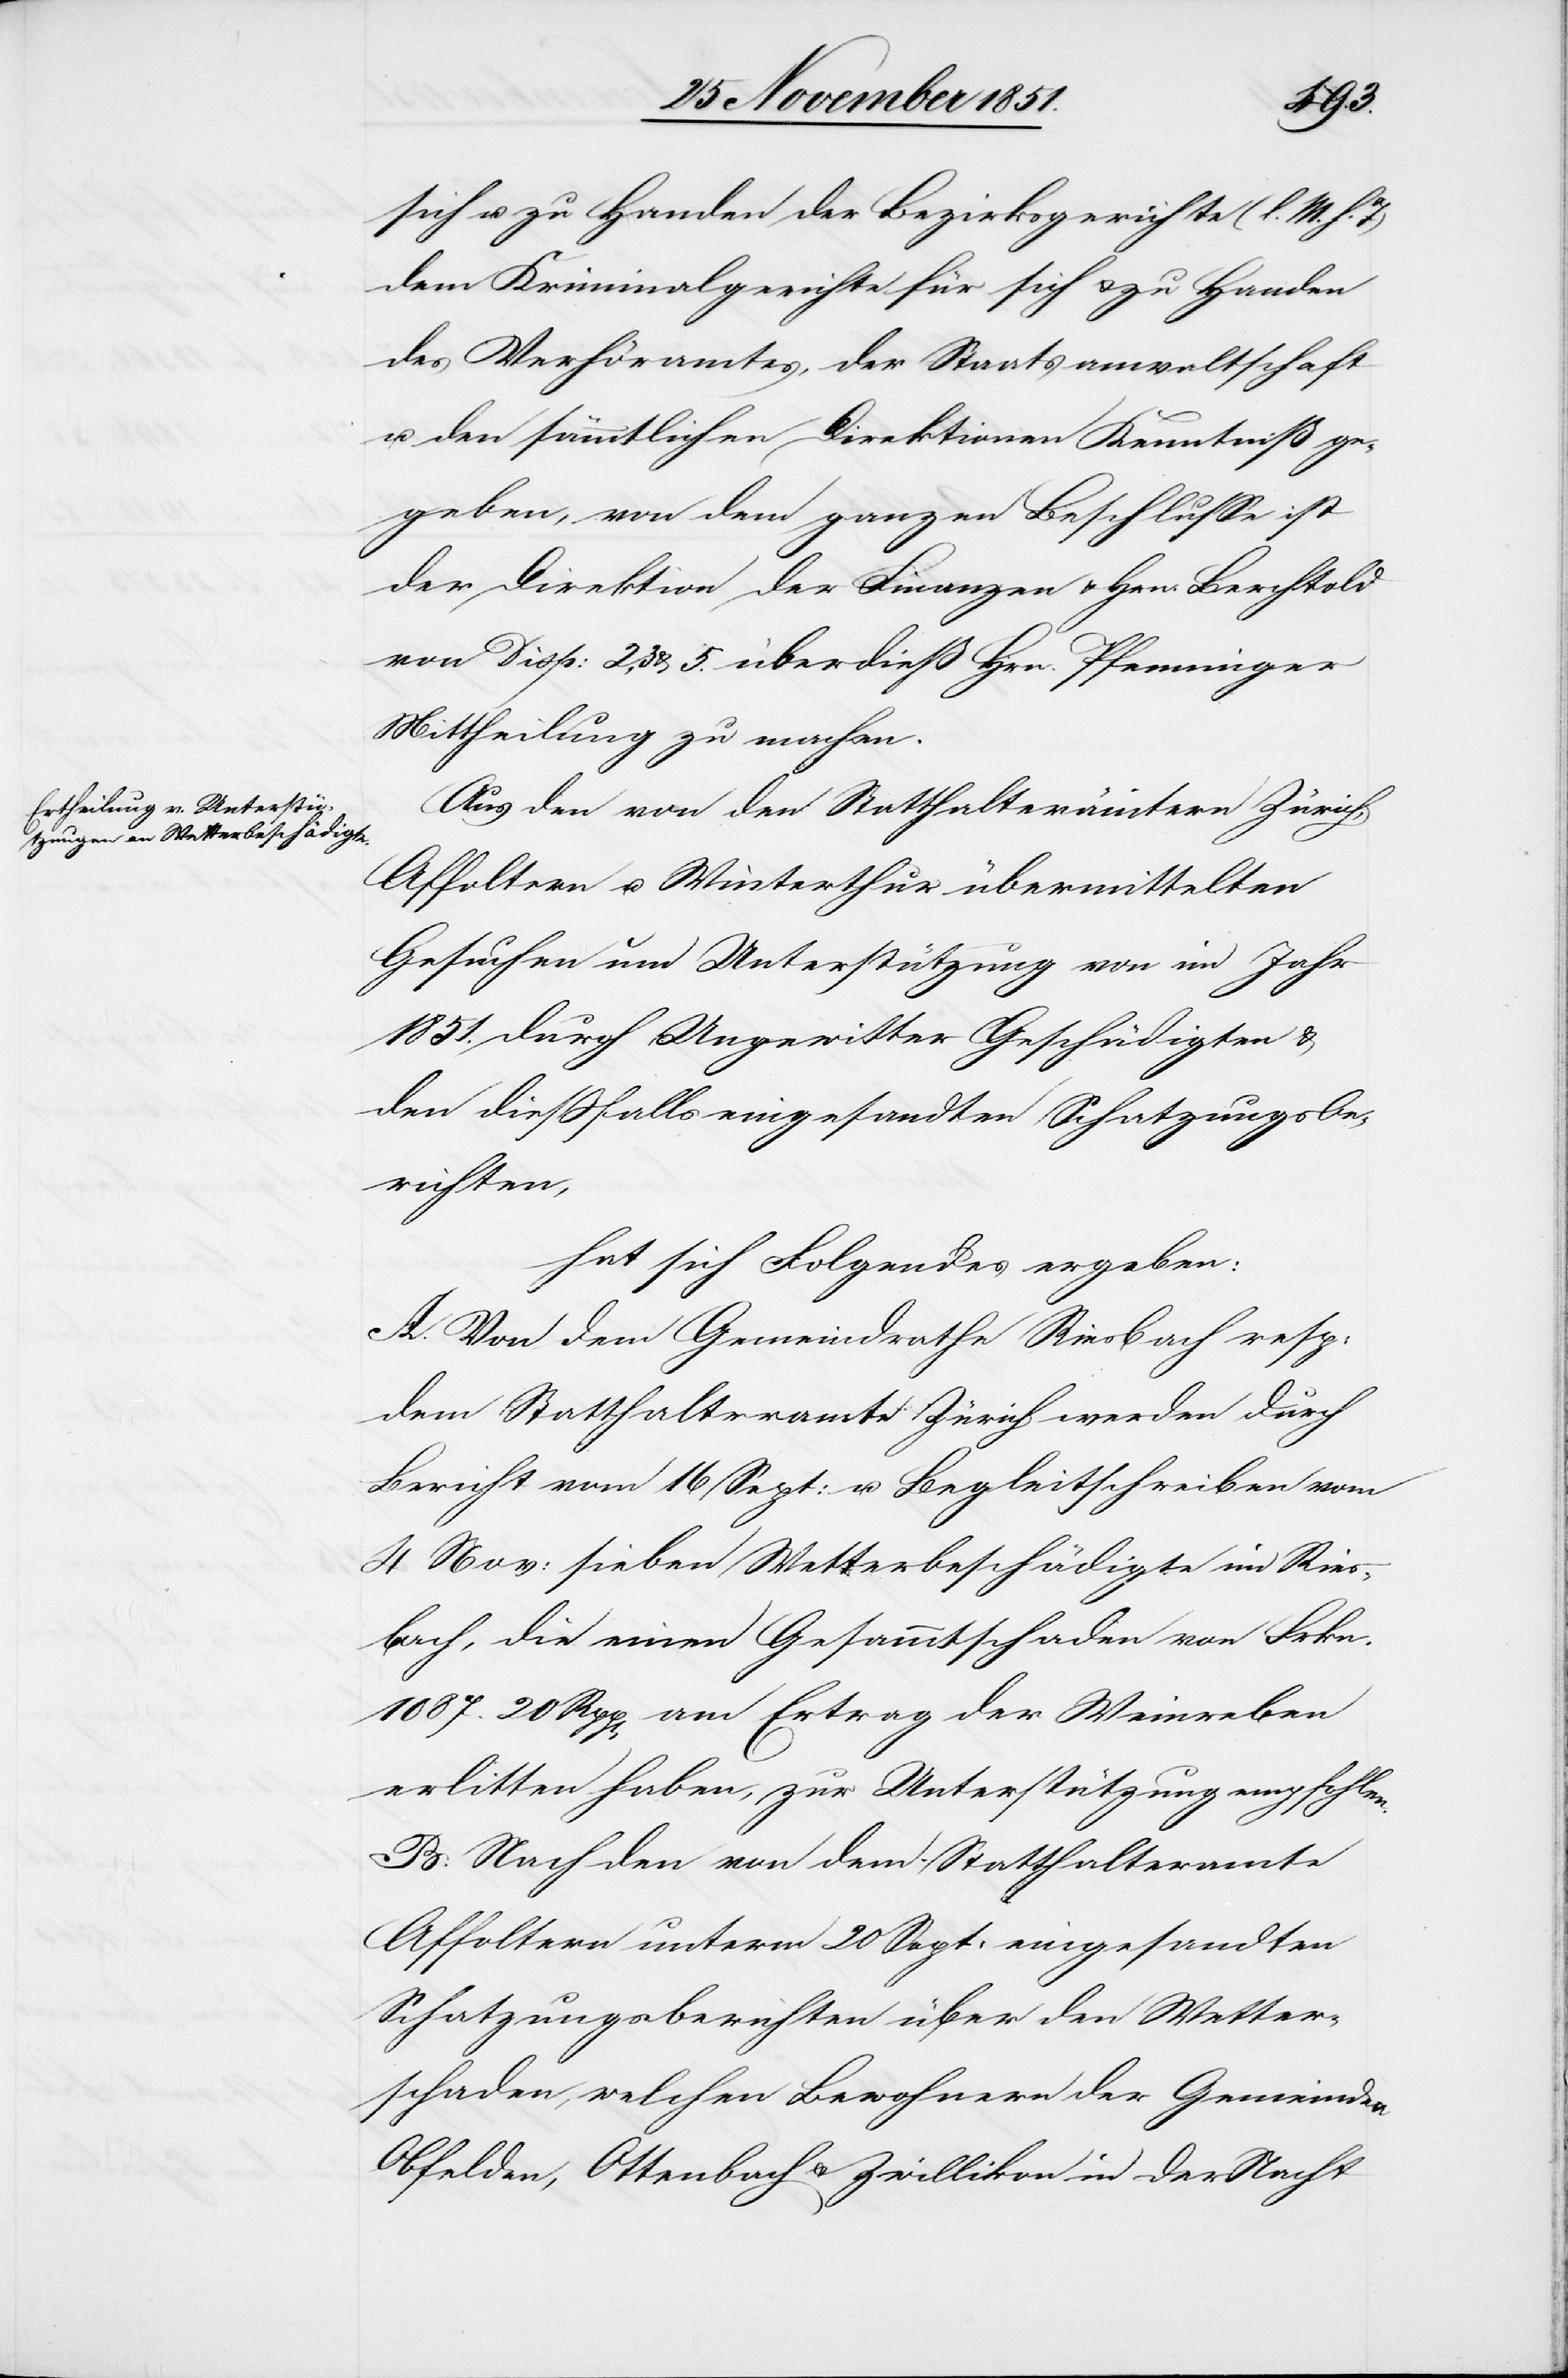
sich u. zu Handen der Bezirksgerichte (l. M. h.
dem Kriminalgerichte für sich & zu Handen
des Verhöramtes, der Staatsanwaltschaft
u. den sämmtlichen Direktionen Kenntniß ge¬
geben, von dem ganzen Beschlusse ist
der Direktion der Finanzen & Hrn. Berchtold[,]
von Disp: 2, 3 & 5. überdieß Hrn. Pfenninger
Mittheilung zu machen.
Aus den von den Statthalterämtern Zürich,
Affoltern u. Winterthur übermittelten
Gesuchen um Unterstützung von im Jahr
1851. durch Ungewitter Geschädigten &
den dießfalls eingesandten Schatzungsbe¬
richten,
hat sich Folgendes ergeben:
A. Von dem Gemeindrathe Riesbach resp:
dem Statthalteramte Zürich werden durch
Bericht vom 16 Sept: u. Begleitschreiben vom
4 Nov: sieben Wetterbeschädigte im Ries¬
bach, die einen Gesammtschaden von Frkn.
1087. 20 Rpp[en] am Ertrag der Weinreben
erlitten haben, zur Unterstützung empfohlen.
B: Nach den von dem Statthalteramte
Affoltern unterm 20 Sept: eingesandten
Schatzungsberichten über den Wetter¬
schaden, welchen Bewohnern der Gemeinden
Obfelden, Ottenbach & Zwillikon in der Nacht